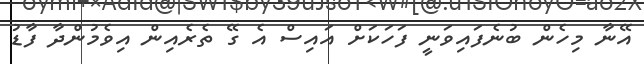
އޭނާ މިހެން ބުނެފައިވަނީ ފަހަކަށް އައިސް އެ ގޭ ތެރެއިން އިވެމުންދާ ފާޑު